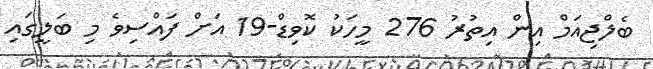
ބެލްޖިއަމް އިން އިތުރު 276 މީހަކު ކޮވިޑް-19 އަށް ފައްސިވެ މި ބަލީގައި